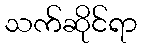
သက်ဆိုင်ရာ